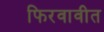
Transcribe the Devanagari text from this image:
फिरवावीत